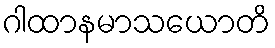
ဂါထာနမာသယောတိ